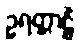
ဥရတ္တာဠိံ